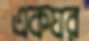
একঘর